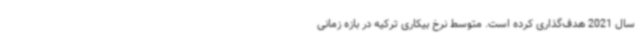
سال 2021 هدف‌گذاری کرده است. متوسط نرخ بیکاری ترکیه در بازه زمانی